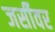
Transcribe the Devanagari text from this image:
जर्सीवर